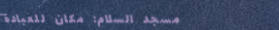
مسجد السلام: مكان للعبادة